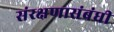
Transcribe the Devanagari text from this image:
संरक्षणासंबंधी